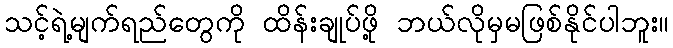
သင့်ရဲ့မျက်ရည်တွေကို ထိန်းချုပ်ဖို့ ဘယ်လိုမှမဖြစ်နိုင်ပါဘူး။